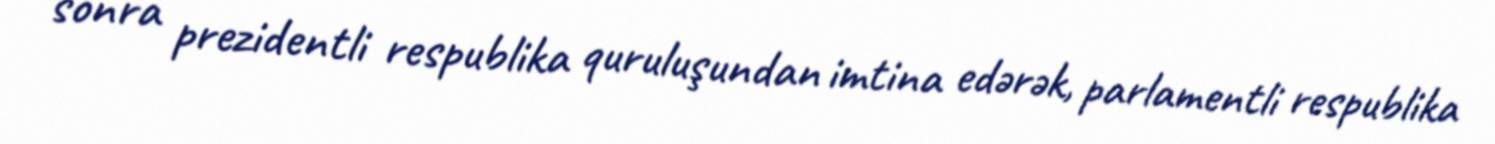
sonra prezidentli respublika quruluşundan imtina edərək, parlamentli respublika